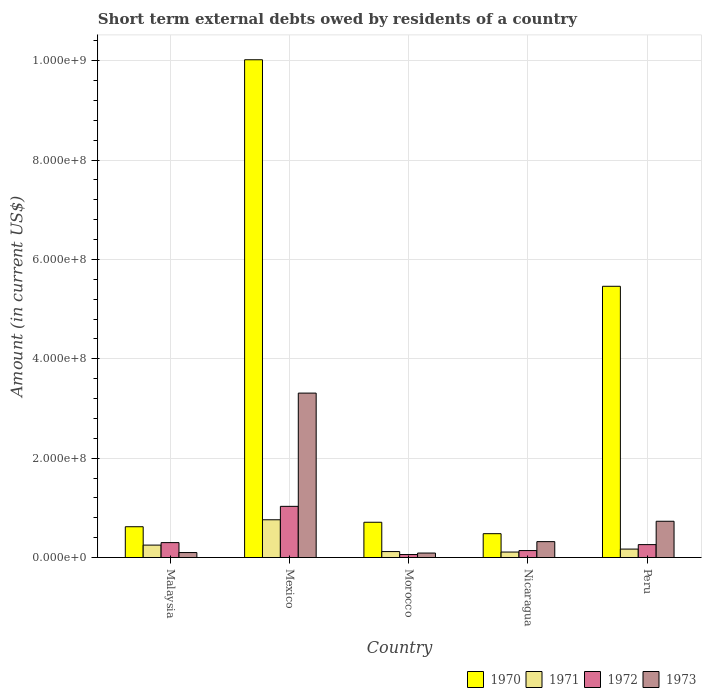
| Country | 1970 | 1971 | 1972 | 1973 |
 | --- | --- | --- | --- | --- |
 | Malaysia | 6.2e+07 | 2.5e+07 | 3e+07 | 1e+07 |
 | Mexico | 1e+09 | 7.6e+07 | 1.03e+08 | 3.31e+08 |
 | Morocco | 7.1e+07 | 1.2e+07 | 6e+06 | 9e+06 |
 | Nicaragua | 4.8e+07 | 1.1e+07 | 1.4e+07 | 3.2e+07 |
 | Peru | 5.46e+08 | 1.7e+07 | 2.6e+07 | 7.3e+07 |